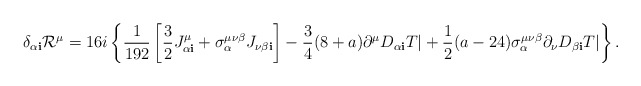
\begin{align*}\delta_{\alpha {\mathbf i}} {\cal R}^\mu = 16i \left\{ \frac{1}{192} \left[ \frac{3}{2} J^\mu_{\alpha {\mathbf i}} + \sigma_\alpha^{\mu\nu\beta} J_{\nu\beta{\mathbf i}} \right] - \frac{3}{4}(8+a) \partial^\mu D_{\alpha{\mathbf i}} T| + \frac{1}{2} (a-24) \sigma_\alpha^{\mu\nu\beta} \partial_\nu D_{\beta{\mathbf i}} T| \right\}.\end{align*}